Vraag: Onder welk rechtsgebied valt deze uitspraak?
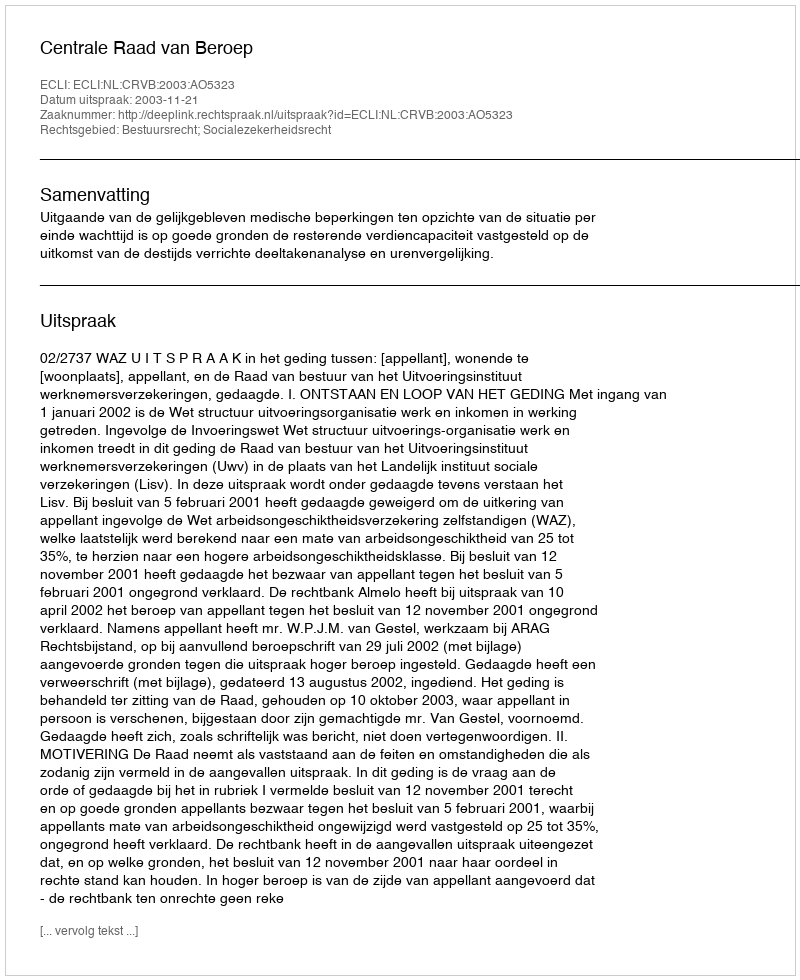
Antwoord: Bestuursrecht; Socialezekerheidsrecht